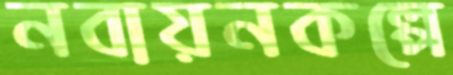
নবায়নকল্পে